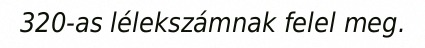
320-as lélekszámnak felel meg.